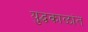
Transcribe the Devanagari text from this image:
युद्धकाळांत